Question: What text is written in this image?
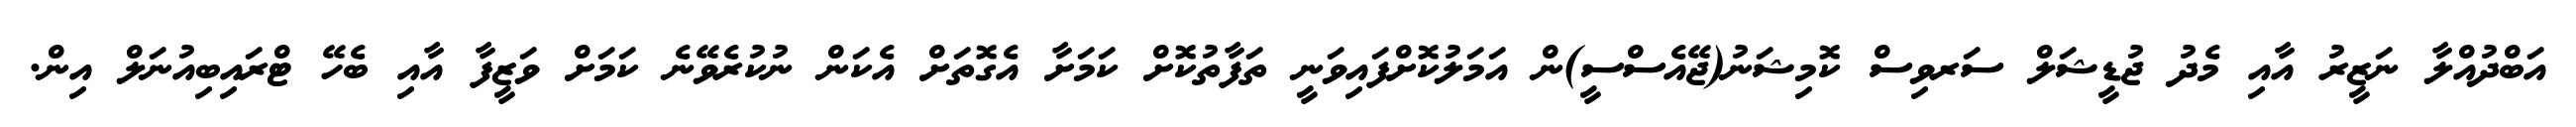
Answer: އަބްދުއްލާ ނަޒީރު އާއި މެދު ޖުޑީޝަލް ސަރވިސް ކޮމިޝަނު(ޖޭއެސްސީ)ން އަމަލުކޮށްފައިވަނީ ތަފާތުކޮށް ކަމަށާ އެގޮތަށް އެކަން ނުކުރެވޭނެ ކަމަށް ވަޒީފާ އާއި ބެހޭ ޓްރައިބިއުނަލް އިން.